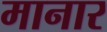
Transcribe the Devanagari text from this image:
मानार